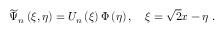
\widetilde { \Psi } _ { n } \left( \xi , \eta \right) = U _ { n } \left( \xi \right) \Phi \left( \eta \right) , \quad \xi = \sqrt { 2 } x - \eta \; .